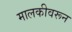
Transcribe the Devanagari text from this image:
मालकीवरून